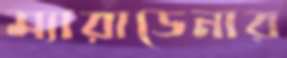
ম্যারাডেনার